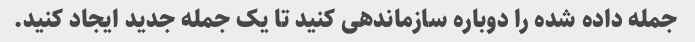
جمله داده شده را دوباره سازماندهی کنید تا یک جمله جدید ایجاد کنید.